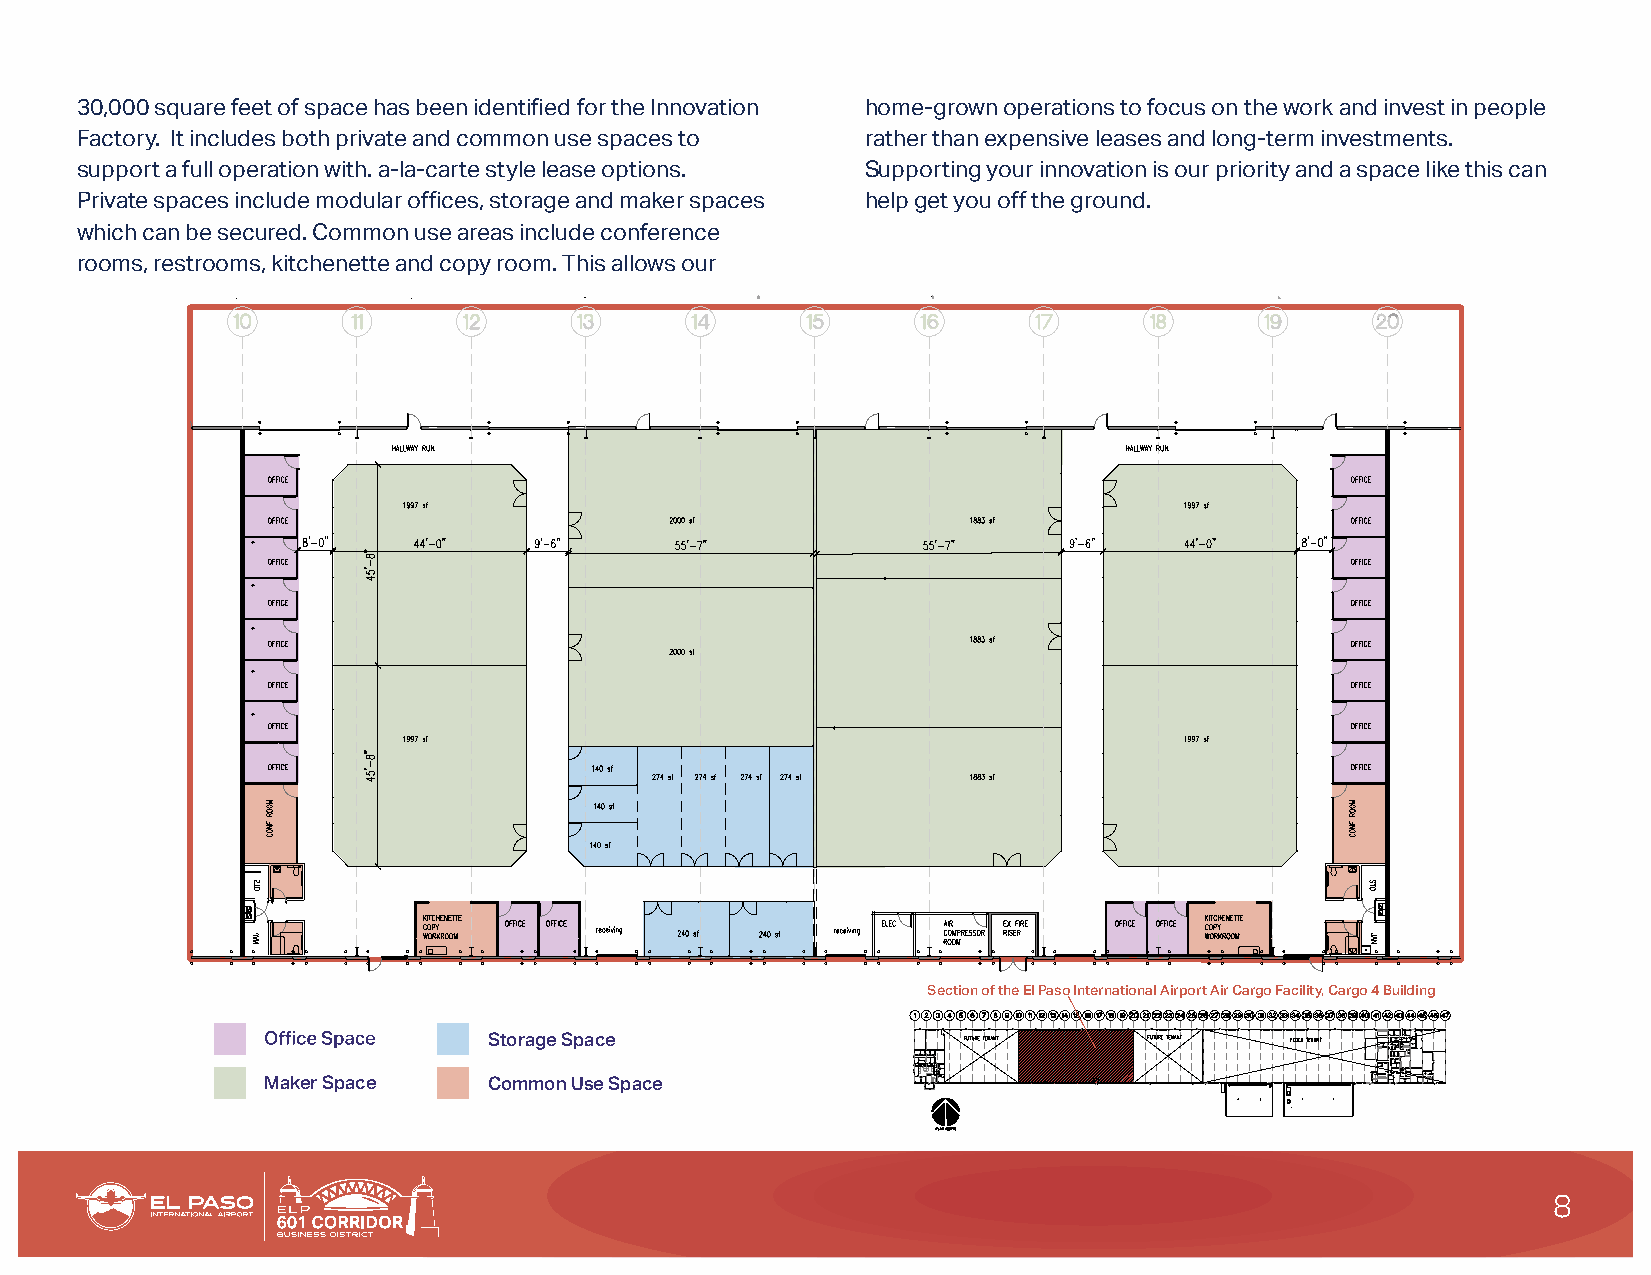
30,000 square feet of space has been identified for the Innovation home-grown operations to focus on the work and invest in people
 Factory. It includes both private and common use spaces to rather than expensive leases and long-term investments.
 support a full operation with. a-la-carte style lease options. Supporting your innovation is our priority and a space like this can
 Private spaces include modular offices, storage and maker spaces help get you off the ground.
 which can be secured. Common use areas include conference
 rooms, restrooms, kitchenette and copy room. This allows our
 Section of the El Paso International Airport Air Cargo Facility, Cargo 4 Building
 Storage Space
 Maker Space    Common Use Space
 8